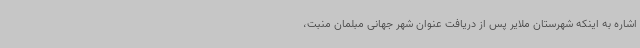
اشاره به اینکه شهرستان ملایر پس از دریافت عنوان شهر جهانی مبلمان منبت،